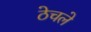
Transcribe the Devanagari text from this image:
ठेचले